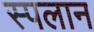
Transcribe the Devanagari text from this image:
स्पलान